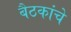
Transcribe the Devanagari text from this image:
बैठकांचे